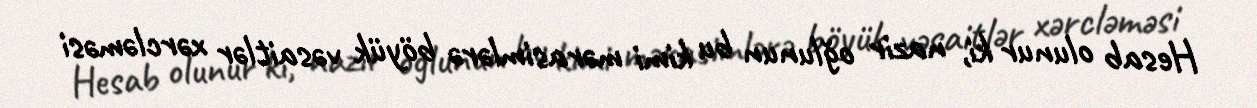
Hesab olunur ki, nazir oğlunun bu kimi mərasimlərə böyük vəsaitlər xərcləməsi